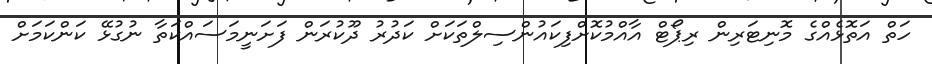
ހަތް އަތޮޅެއްގެ މޮނިޓަރިން ރިޕޯޓް އާއްމުކޮށްފިކައުންސިލްތަކަށް ކަދުރު ދޫކުރަން ފަށަނީމަސައްކަތާ ނުގުޅޭ ކަންކަމަށް